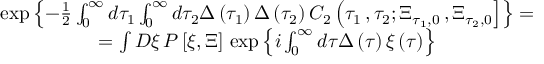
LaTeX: \begin{array} { c } { { \exp \left\{ - \frac 1 2 \int _ { 0 } ^ { \infty } d \tau _ { 1 } \int _ { 0 } ^ { \infty } d \tau _ { 2 } \Delta \left( \tau _ { 1 } \right) \Delta \left( \tau _ { 2 } \right) C _ { 2 } \left( \tau _ { 1 } \, , \tau _ { 2 } ; \Xi _ { \tau _ { 1 } , 0 } \, , \Xi _ { \tau _ { 2 } , 0 } \right] \right\} = } } \\ { { = \int D \xi \, P \left[ \xi , \Xi \right] \, \exp \left\{ i \int _ { 0 } ^ { \infty } d \tau \Delta \left( \tau \right) \xi \left( \tau \right) \right\} } } \end{array}